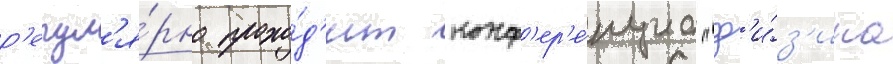
р'егул'я́рно прохо́д'ит конф'ер'е́нциа "ф'и́з'ика